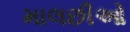
માલછીઓ